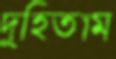
দুহিতাম